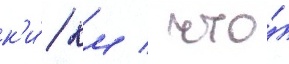
к'и́/ км / что́